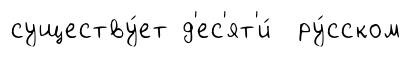
существу́ет д'ес'ят'и́ ру́сском